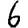
Digit: 6